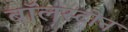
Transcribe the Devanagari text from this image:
बॉलस्टोन